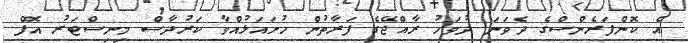
އެ ކޮންފަރެންސްގެ ދެވަނަ ދުވަހު ރާއްޖޭގެ ފަރާތުން ހުށައަޅުއްވާ ކަރުދާސް މިނިސްޓަރު އޮފް